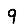
Digit: 9